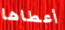
أعطاها